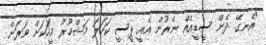
"އެނގޭ ދެން ސީޑީއެއް ނެރުން އެއީ ޕީސީ ކަހަލަ މަޝްހޫރު މީހަކަށް ވަރަށް